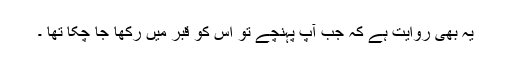
یہ بھی روایت ہے کہ جب آپؐ پہنچے تو اس کو قبر میں رکھا جا چکا تھا ۔